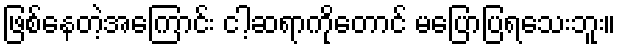
ဖြစ်နေတဲ့အကြောင်း ငါ့ဆရာကိုတောင် မပြောပြရသေးဘူး။